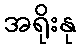
အရိုးနု